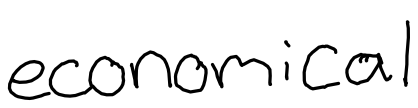
Text: economical
Cross-out: clean
Writing tool: digital_black